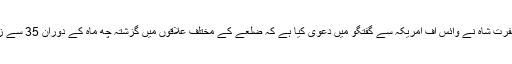
چترال کی ضلع ناظم حاجی مغفرت شاہ نے وائس آف امریکہ سے گفتگو میں دعویٰ کیا ہے کہ ضلعے کے مختلف علاقوں میں گزشتہ چھ ماہ کے دوران 35 سے زائد افراد نے خودکشی کی ہے۔